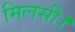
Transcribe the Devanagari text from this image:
मिलसी।